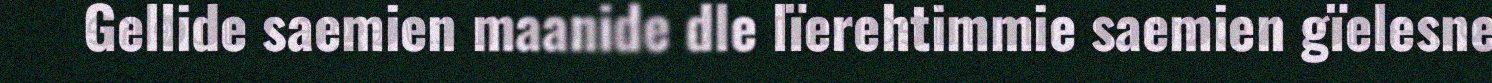
Gellide saemien maanide dle lïerehtimmie saemien gïelesne